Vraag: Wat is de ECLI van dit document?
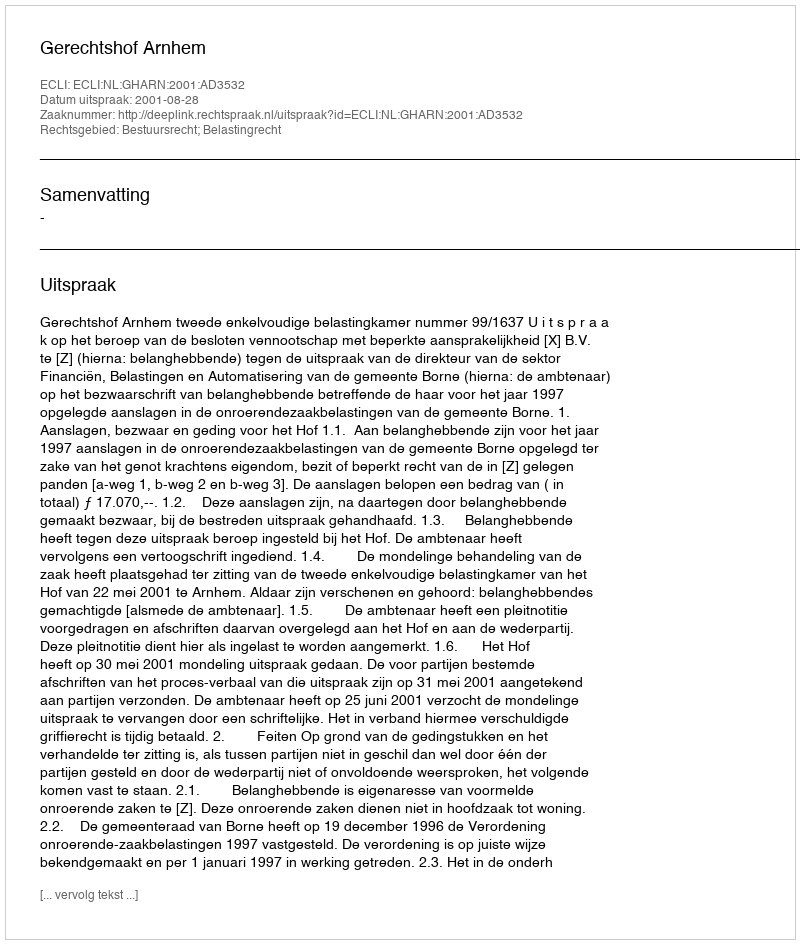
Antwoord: ECLI:NL:GHARN:2001:AD3532